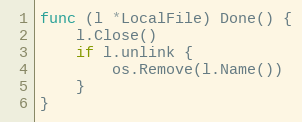
Language: Go
func (l *LocalFile) Done() {
	l.Close()
	if l.unlink {
		os.Remove(l.Name())
	}
}